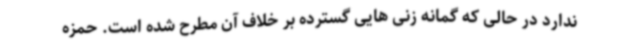
ندارد در حالی که گمانه زنی هایی گسترده بر خلاف آن مطرح شده است. حمزه